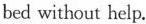
bed without help.